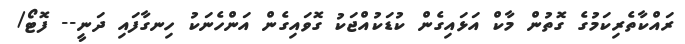
ރައްކާތެރިކަމުގެ ގޮތުން މާކް އަޅައިގެން ކުޑަކުއްޖަކު ގޮވައިގެން އަންހެނަކު ހިނގާފައި ދަނީ-- ފޮޓޯ/